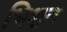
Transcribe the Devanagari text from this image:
भिशन